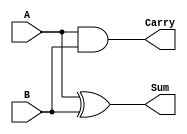
module half_adder (
    input A,
    input B,
    output Sum,
    output Carry
);
    assign Sum = A ^ B;
    assign Carry = A & B;
endmodule

module full_adder (
    input A,
    input B,
    input Cin,
    output Sum,
    output Cout
);
    wire Sum1, Carry1, Carry2;

    half_adder HA1 (.A(A), .B(B), .Sum(Sum1), .Carry(Carry1));
    half_adder HA2 (.A(Sum1), .B(Cin), .Sum(Sum), .Carry(Carry2));

    assign Cout = Carry1 | Carry2;
endmodule